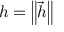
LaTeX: h = \left\| { \vec { h } } \right\|